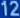
1212